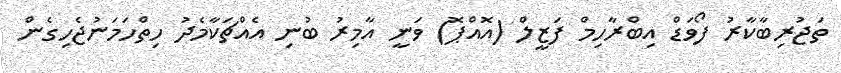
ތަޖުރިބާކާރު ފޯވަޑް އިބްރާހިމް ފަޒީލް (އޮއްޕޮޮ) ވަނީ އާމިރު ބުނި އެއްޗަކާމެދު ހިތްހަމަނުޖެހިގެން